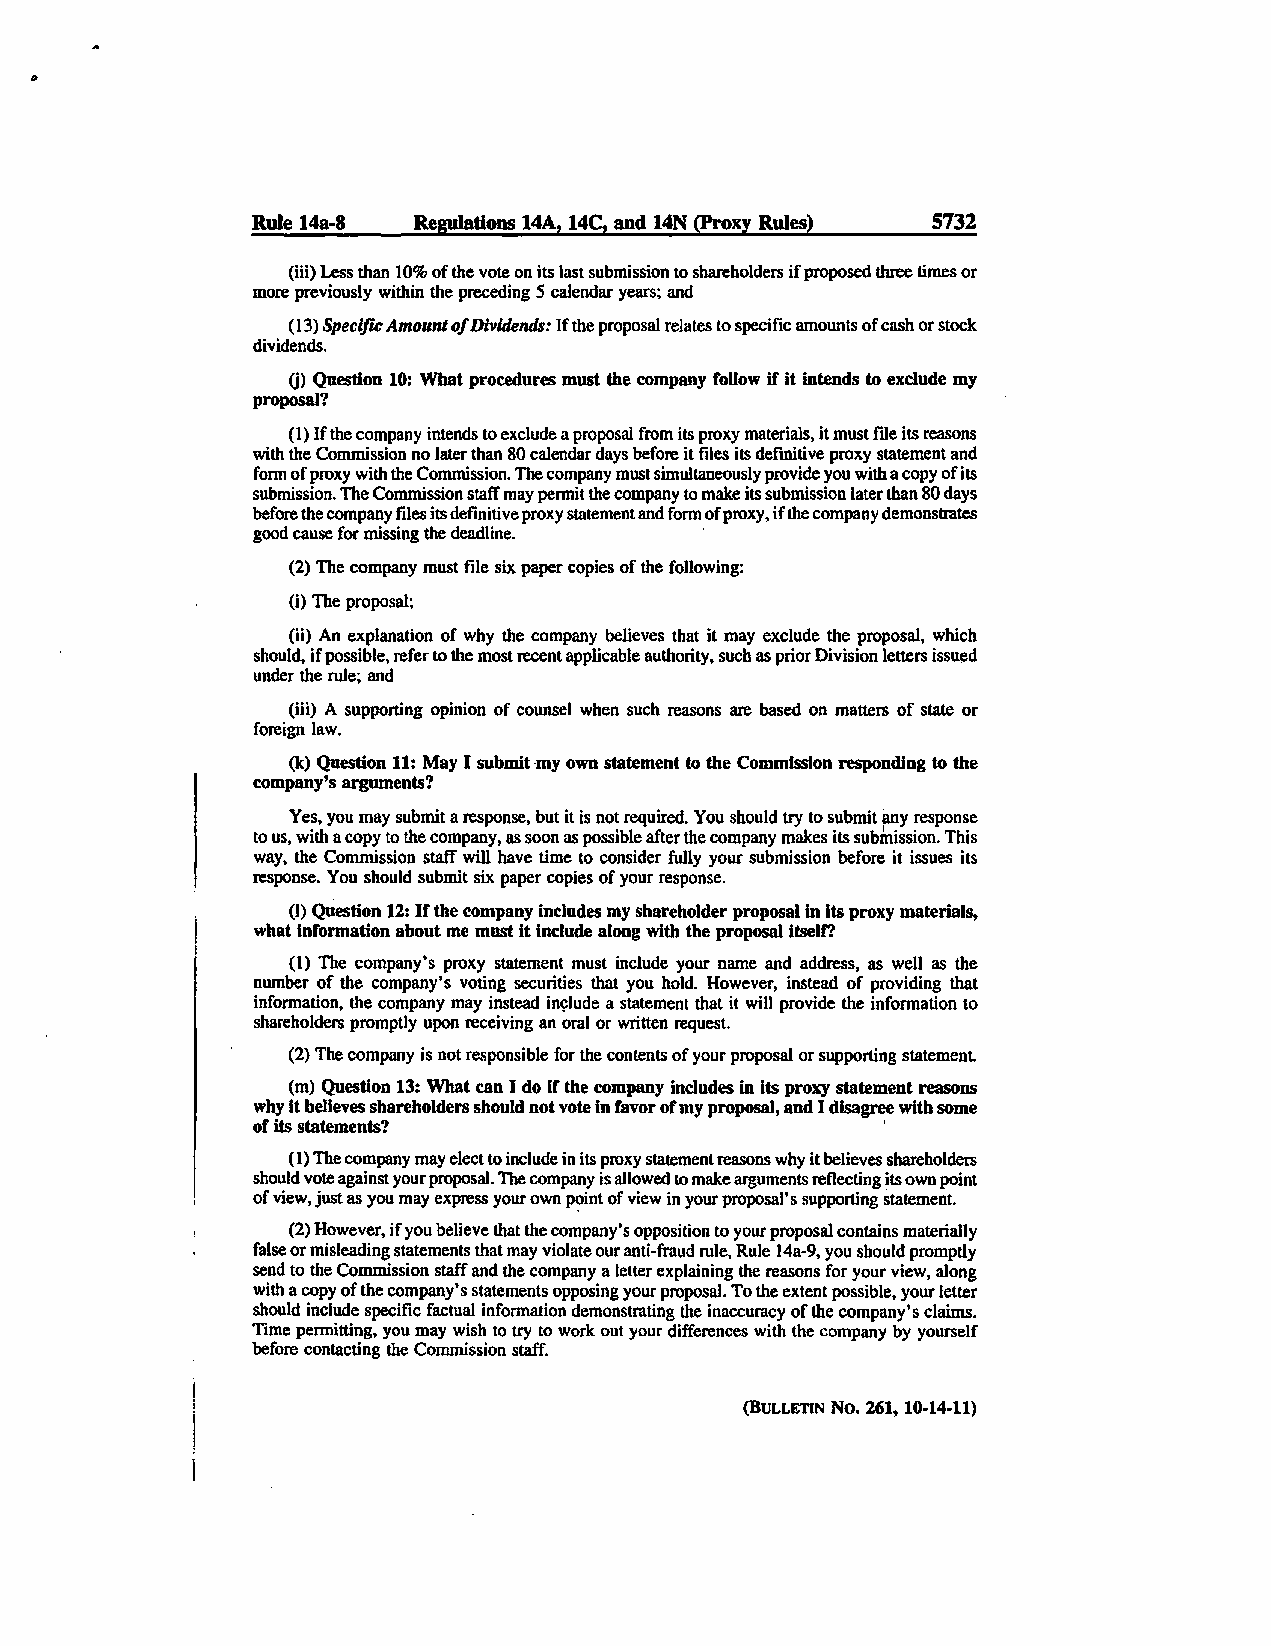
Rule 14a-8 Regnlations 14A, 14C, and 14N (Proxy Rules) 5732
 (iii) Less than 10% of the vote on its last submission to shareholders if proposed three times or
 more previously within the preceding 5 calendar years; and
 (13) Specific Amount ofD ividends: If the proposal relates to specific amounts of cash or stock
 dividends.
 (j) Question 10: What procedures must the company follow if it intends to exclude my
 proposal?
 ( 1) If the company intends to exclude a proposal from its proxy materials, it must file its reasons
 with the Commission no later than 80 calendar days before it files its defmitive proxy statement and
 fonn of proxy with the Commission. The company must simultaneously provide you with a copy of its
 submission. The Commission staff may pennit the company to make its submission later than 80 days
 before the company ftles its definitive proxy statement and form of proxy, if the company demonstrates
 good cause for missing the deadline.
 (2) The company must file six paper copies of the following:
 (i) The proposal;
 (ii) An explanation of why the company believes that it may exclude the proposal, which
 should, if possible, refer to the most recent applicable authority, such as prior Division letters issued
 under the rule; and
 (iii) A supporting opinion of counsel when such reasons are based on matters of state or
 foreign law.
 (k) Question 11: May I submit ·my own statement to the Commission responding to the
 company's arguments?
 Yes, you may submit a response, but it is not required. You should try to submit any response
 to us, with a copy to the company, as soon as possible after the company makes its subtnission. This
 way, the Commission staff will have time to consider fully your submission before it issues its
 response. You should submit six paper copies of your response.
 (I) Question 12: If the company includes my shareholder proposal in its proxy materials,
 what information about me must it include along with the proposal Itself?
 (l) The company's proxy statement must include your name and address, as well as the
 number of the company's voting securities that you hold. However, instead of providing that
 information, the company may instead in~lude a statement that it will provide the information to
 shareholders promptly upon receiving an oral or written request.
 (2) The company is not responsible for the contents of your proposal or supporting statement.
 (m) Question 13: What can I do if the company includes in its proxy statement reasons
 why It believes shareholders should not vote in favor of my proposal, and I disagree with some
 or its statements?                        '
 (I) The company may elect to include in its proxy statement reasons why it believes shareholders
 should vote against your proposal. The company is allowed to make arguments reflecting its own point
 of view, just as you may express your own p~int of view in your proposal's supporting statement.
 (2) However, if you believe that the company's opposition to your proposal contains materially
 false or misleading statements that may violate our anti-fraud rule, Rule J4a-9, you should promptly
 send to the Commission staff and the company a letter explaining the reasons for your view, along
 with a copy of the company's statements opposing your proposal. To the extent possible, your letter
 should include specific factual information demonstrating the inaccuracy of the company's claims.
 Time permitting, you may wish to try to work out your differences with the company by yourself
 before contacting the Commission staff.
 (BULLETIN No. 261, 10-14-11)